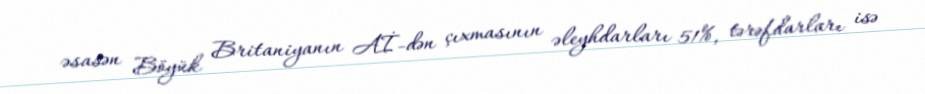
əsasən Böyük Britaniyanın Aİ-dən çıxmasının əleyhdarları 51%, tərəfdarları isə